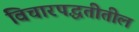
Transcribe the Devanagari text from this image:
विचारपद्धतीतील